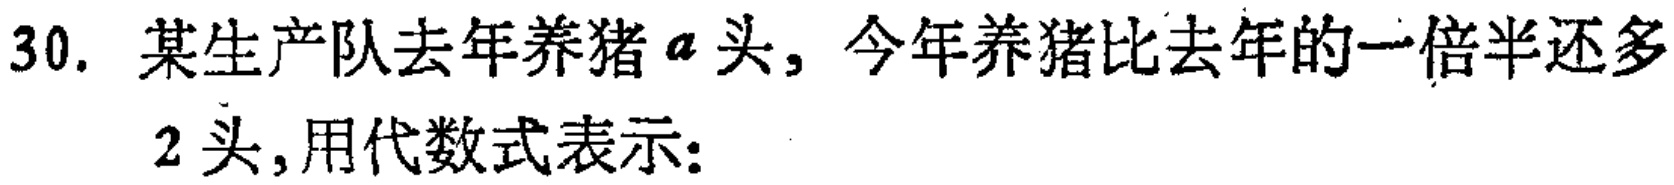
30. 某生产队去年养猪\(a\)头，今年养猪比去年的一倍半还多

  2头，用代数式表示：